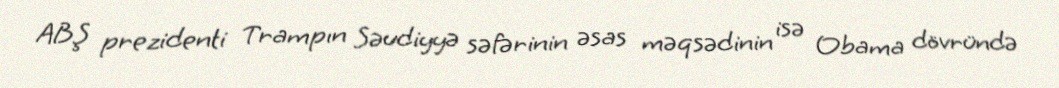
ABŞ prezidenti Trampın Səudiyyə səfərinin əsas məqsədinin isə Obama dövründə